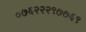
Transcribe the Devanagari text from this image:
०७६२२२९७७६९